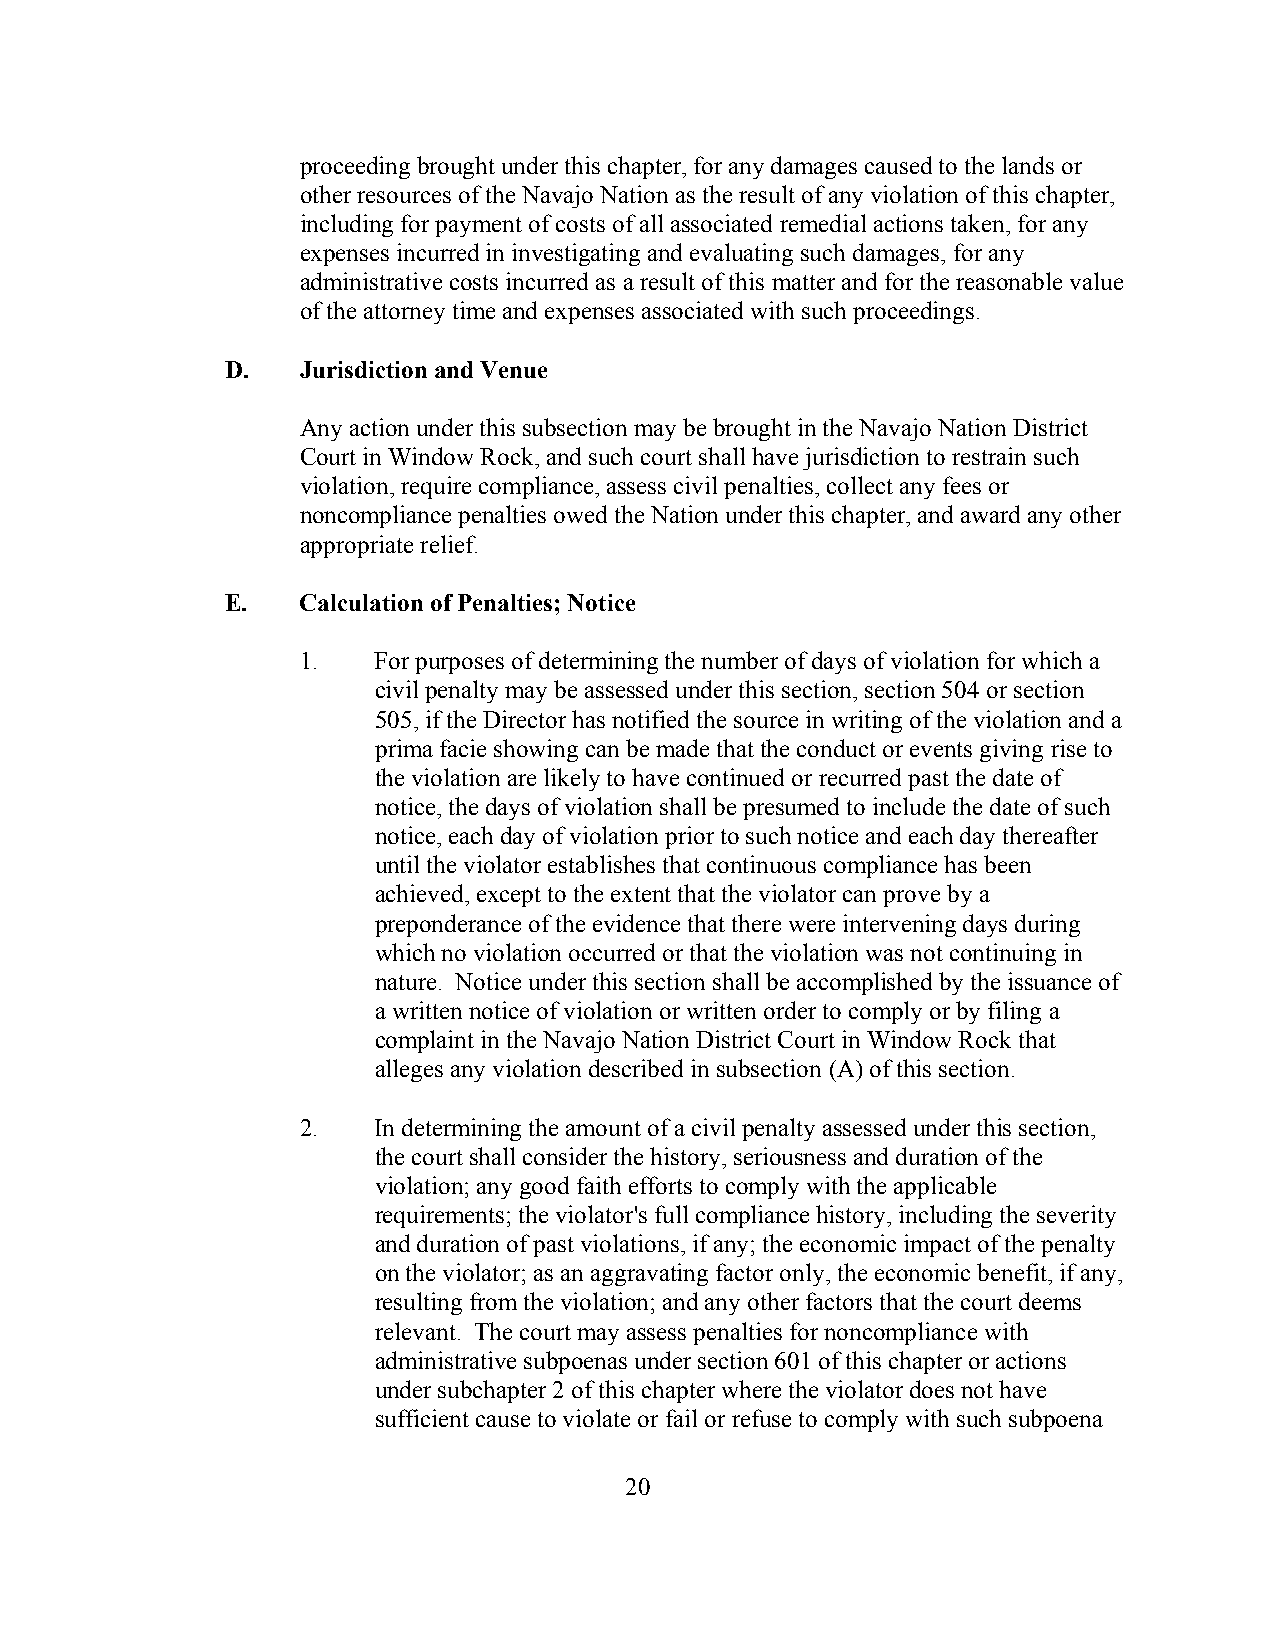
proceeding brought under this chapter, for any damages caused to the lands or
 other resources of the Navajo Nation as the result of any violation of this chapter,
 including for payment of costs of all associated remedial actions taken, for any
 expenses incurred in investigating and evaluating such damages, for any
 administrative costs incurred as a result of this matter and for the reasonable value
 of the attorney time and expenses associated with such proceedings.
 D.   Jurisdiction and Venue
 Any action under this subsection may be brought in the Navajo Nation District
 Court in Window Rock, and such court shall have jurisdiction to restrain such
 violation, require compliance, assess civil penalties, collect any fees or
 noncompliance penalties owed the Nation under this chapter, and award any other
 appropriate relief.
 E.   Calculation of Penalties; Notice
 1.   For purposes of determining the number of days of violation for which a
 civil penalty may be assessed under this section, section 504 or section
 505, if the Director has notified the source in writing of the violation and a
 prima facie showing can be made that the conduct or events giving rise to
 the violation are likely to have continued or recurred past the date of
 notice, the days of violation shall be presumed to include the date of such
 notice, each day of violation prior to such notice and each day thereafter
 until the violator establishes that continuous compliance has been
 achieved, except to the extent that the violator can prove by a
 preponderance of the evidence that there were intervening days during
 which no violation occurred or that the violation was not continuing in
 nature. Notice under this section shall be accomplished by the issuance of
 a written notice of violation or written order to comply or by filing a
 complaint in the Navajo Nation District Court in Window Rock that
 alleges any violation described in subsection (A) of this section.
 2.   In determining the amount of a civil penalty assessed under this section,
 the court shall consider the history, seriousness and duration of the
 violation; any good faith efforts to comply with the applicable
 requirements; the violator's full compliance history, including the severity
 and duration of past violations, if any; the economic impact of the penalty
 on the violator; as an aggravating factor only, the economic benefit, if any,
 resulting from the violation; and any other factors that the court deems
 relevant. The court may assess penalties for noncompliance with
 administrative subpoenas under section 601 of this chapter or actions
 under subchapter 2 of this chapter where the violator does not have
 sufficient cause to violate or fail or refuse to comply with such subpoena
 20